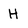
Character: H